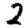
Digit: 2